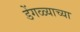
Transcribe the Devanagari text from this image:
डेंगळ्याच्या